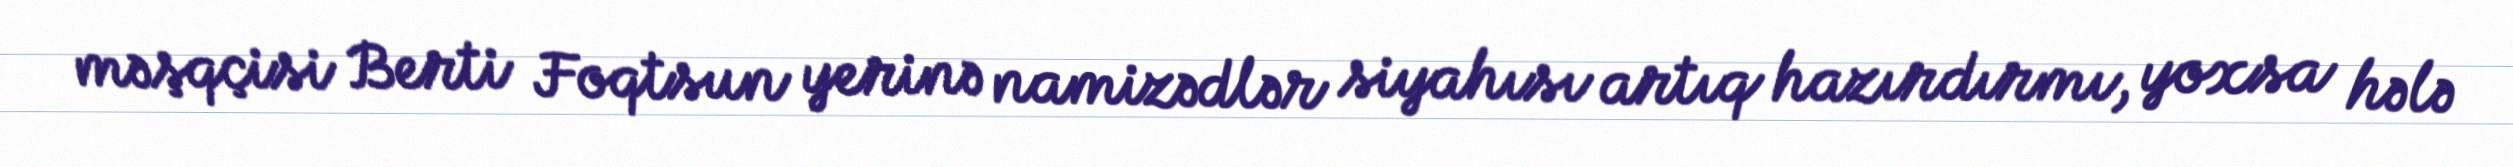
məşqçisi Berti Foqtsun yerinə namizədlər siyahısı artıq hazırdırmı, yoxsa hələ